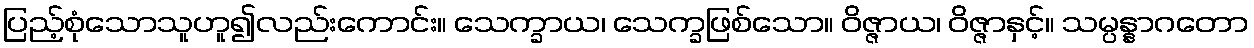
ပြည့်စုံသောသူဟူ၍လည်းကောင်း။ သေက္ခာယ၊ သေက္ခဖြစ်သော။ ဝိဇ္ဇာယ၊ ဝိဇ္ဇာနှင့်။ သမ္ပန္နာဂတော